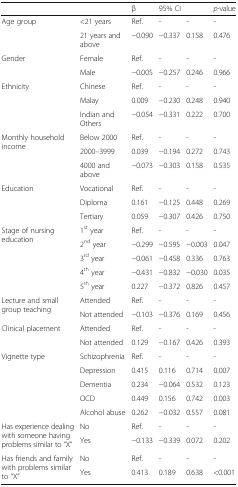
<table><thead><tr><td></td><td></td><td><b>β</b></td><td colspan="2"><b>95% CI</b></td><td><b><i>p</i>-value</b></td></tr></thead><tbody><tr><td rowspan="2">Age group</td><td>&lt;21 years</td><td>Ref.</td><td>-</td><td>-</td><td>-</td></tr><tr><td>21 years and above</td><td>−0.090</td><td>−0.337</td><td>0.158</td><td>0.476</td></tr><tr><td rowspan="2">Gender</td><td>Female</td><td>Ref.</td><td>-</td><td>-</td><td>-</td></tr><tr><td>Male</td><td>−0.005</td><td>−0.257</td><td>0.246</td><td>0.966</td></tr><tr><td rowspan="3">Ethnicity</td><td>Chinese</td><td>Ref.</td><td>-</td><td>-</td><td>-</td></tr><tr><td>Malay</td><td>0.009</td><td>−0.230</td><td>0.248</td><td>0.940</td></tr><tr><td>Indian and Others</td><td>−0.054</td><td>−0.331</td><td>0.222</td><td>0.700</td></tr><tr><td rowspan="3">Monthly household income</td><td>Below 2000</td><td>Ref.</td><td>-</td><td>-</td><td>-</td></tr><tr><td>2000–3999</td><td>0.039</td><td>−0.194</td><td>0.272</td><td>0.743</td></tr><tr><td>4000 and above</td><td>−0.073</td><td>−0.303</td><td>0.158</td><td>0.535</td></tr><tr><td rowspan="3">Education</td><td>Vocational</td><td>Ref.</td><td>-</td><td>-</td><td>-</td></tr><tr><td>Diploma</td><td>0.161</td><td>−0.125</td><td>0.448</td><td>0.269</td></tr><tr><td>Tertiary</td><td>0.059</td><td>−0.307</td><td>0.426</td><td>0.750</td></tr><tr><td rowspan="5">Stage of nursing education</td><td>1<sup>st</sup> year</td><td>Ref.</td><td>-</td><td>-</td><td>-</td></tr><tr><td>2<sup>nd</sup> year</td><td>−0.299</td><td>−0.595</td><td>−0.003</td><td>0.047</td></tr><tr><td>3<sup>rd</sup> year</td><td>−0.061</td><td>−0.458</td><td>0.336</td><td>0.763</td></tr><tr><td>4<sup>th</sup> year</td><td>−0.431</td><td>−0.832</td><td>−0.030</td><td>0.035</td></tr><tr><td>5<sup>th</sup> year</td><td>0.227</td><td>−0.372</td><td>0.826</td><td>0.457</td></tr><tr><td rowspan="2">Lecture and small group teaching</td><td>Attended</td><td>Ref.</td><td>-</td><td>-</td><td>-</td></tr><tr><td>Not attended</td><td>−0.103</td><td>−0.376</td><td>0.169</td><td>0.456</td></tr><tr><td rowspan="2">Clinical placement</td><td>Attended</td><td>Ref.</td><td>-</td><td>-</td><td>-</td></tr><tr><td>Not attended</td><td>0.129</td><td>−0.167</td><td>0.426</td><td>0.393</td></tr><tr><td rowspan="5">Vignette type</td><td>Schizophrenia</td><td>Ref.</td><td>-</td><td>-</td><td>-</td></tr><tr><td>Depression</td><td>0.415</td><td>0.116</td><td>0.714</td><td>0.007</td></tr><tr><td>Dementia</td><td>0.234</td><td>−0.064</td><td>0.532</td><td>0.123</td></tr><tr><td>OCD</td><td>0.449</td><td>0.156</td><td>0.742</td><td>0.003</td></tr><tr><td>Alcohol abuse</td><td>0.262</td><td>−0.032</td><td>0.557</td><td>0.081</td></tr><tr><td rowspan="2">Has experience dealing with someone having problems similar to “X”</td><td>No</td><td>Ref.</td><td>-</td><td>-</td><td>-</td></tr><tr><td>Yes</td><td>−0.133</td><td>−0.339</td><td>0.072</td><td>0.202</td></tr><tr><td rowspan="2">Has friends and family with problems similar to “X”</td><td>No</td><td>Ref.</td><td>-</td><td>-</td><td>-</td></tr><tr><td>Yes</td><td>0.413</td><td>0.189</td><td>0.638</td><td>&lt;0.001</td></tr></tbody></table>